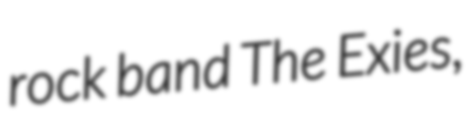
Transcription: rock band The Exies,